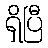
ရှိပြီ